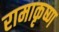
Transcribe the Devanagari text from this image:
रामाकृष्ण